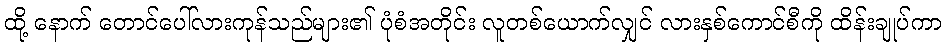
ထို့ နောက် တောင်ပေါ်လားကုန်သည်များ၏ ပုံစံအတိုင်း လူတစ်ယောက်လျှင် လားနှစ်ကောင်စီကို ထိန်းချုပ်ကာ